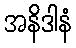
အနိဒါနံ